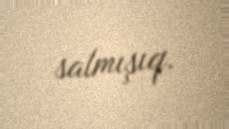
salmışıq.